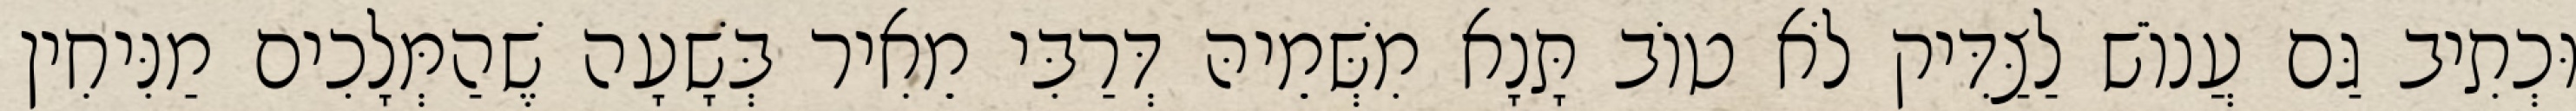
וּכְתִיב גַּם עֲנוֹשׁ לַצַּדִּיק לֹא טוֹב תָּנָא מִשְּׁמֵיהּ דְּרַבִּי מֵאִיר בְּשָׁעָה שֶׁהַמְּלָכִים מַנִּיחִין